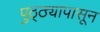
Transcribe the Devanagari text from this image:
पुठ्ठ्यापासून